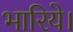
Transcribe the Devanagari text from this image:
भारिये।